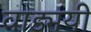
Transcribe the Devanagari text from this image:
वाड्मयी